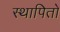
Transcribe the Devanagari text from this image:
स्थापितो